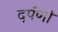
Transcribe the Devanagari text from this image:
दर्पणो